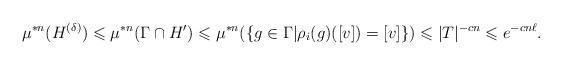
\begin{align*}\mu^{*n}(H^{(\delta)})\leqslant\mu^{*n}(\Gamma\cap H')\leqslant \mu^{*n}(\{g\in\Gamma|\rho_i(g)([v])=[v]\})\leqslant |T|^{-cn}\leqslant e^{-cn\ell}.\end{align*}